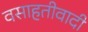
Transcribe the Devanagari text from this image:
वसाहतीवादी